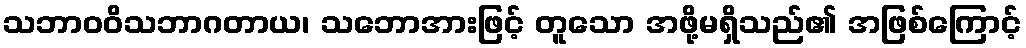
သဘာဝဝိသဘာဂတာယ၊ သဘောအားဖြင့် တူသော အဖို့မရှိသည်၏ အဖြစ်ကြောင့်